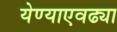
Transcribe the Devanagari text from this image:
येण्याएवढ्या